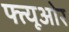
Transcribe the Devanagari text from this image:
फ्त्यूओर